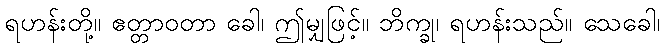
ရဟန်းတို့။ ဧတ္တာဝတာ ခေါ၊ ဤမျှဖြင့်။ ဘိက္ခု၊ ရဟန်းသည်။ သေခေါ၊